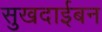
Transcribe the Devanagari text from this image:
सुखदाईबन